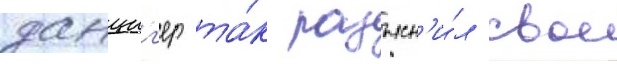
данциг'ер та́к разъясн'и́л свое